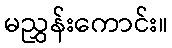
မညွှန်းကောင်း။